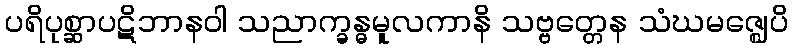
ပရိပုစ္ဆာပဋိဘာနဝါ သညာက္ခန္ဓမူလကာနိ သဗ္ဗတ္တေန သံဃမဇ္ဈေပိ